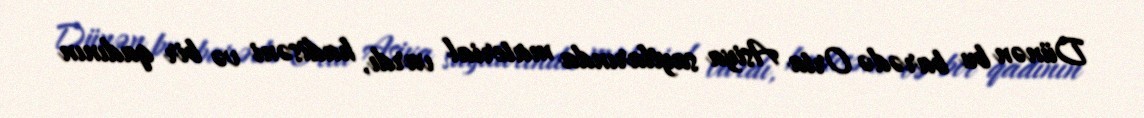
Dünən bu barədə Orta Asiya saytlarında material vardı, hadisəni və bir qadının